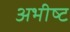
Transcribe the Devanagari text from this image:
अभीष्‍ट